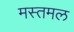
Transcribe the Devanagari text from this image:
मस्तमल